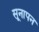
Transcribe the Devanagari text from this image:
सूनापन